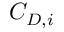
C _ { D , i }